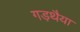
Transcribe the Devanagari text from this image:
गड़थैया